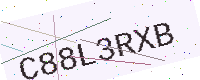
Text: C88L3RXB